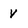
Character: V